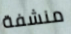
منشفة